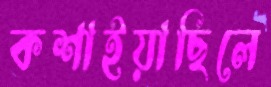
কশাইয়াছিলে